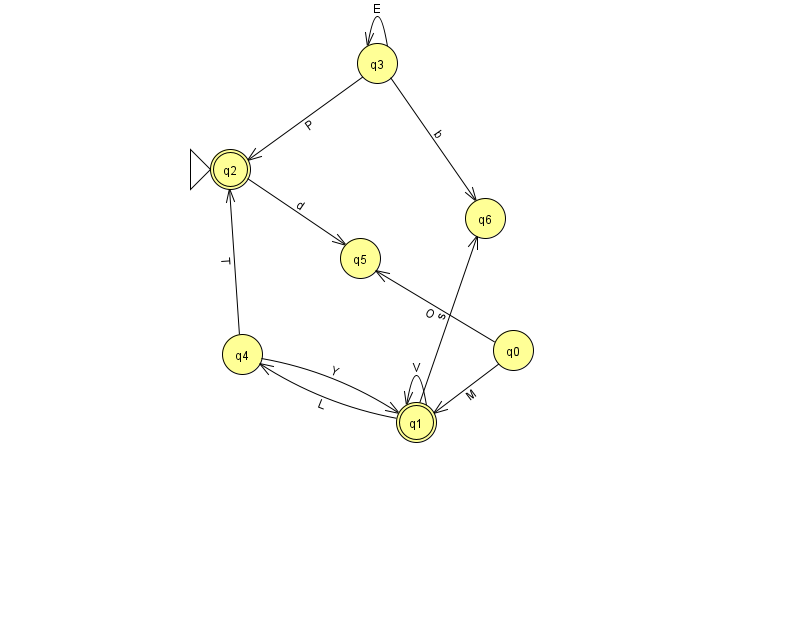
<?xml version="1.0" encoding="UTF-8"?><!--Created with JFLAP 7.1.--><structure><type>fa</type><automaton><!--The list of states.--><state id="0" name="q0"><x>513.0</x><y>337.0</y></state><state id="1" name="q1"><x>416.0</x><y>409.0</y><final/></state><state id="2" name="q2"><x>230.0</x><y>156.0</y><initial/><final/></state><state id="3" name="q3"><x>377.0</x><y>50.0</y></state><state id="4" name="q4"><x>242.0</x><y>341.0</y></state><state id="5" name="q5"><x>360.0</x><y>245.0</y></state><state id="6" name="q6"><x>485.0</x><y>205.0</y></state><!--The list of transitions.--><transition><from>2</from><to>5</to><read>d</read></transition><transition><from>3</from><to>2</to><read>P</read></transition><transition><from>3</from><to>6</to><read>b</read></transition><transition><from>4</from><to>2</to><read>T</read></transition><transition><from>1</from><to>6</to><read>s</read></transition><transition><from>3</from><to>3</to><read>E</read></transition><transition><from>1</from><to>1</to><read>V</read></transition><transition><from>4</from><to>1</to><read>Y</read></transition><transition><from>0</from><to>5</to><read>O</read></transition><transition><from>0</from><to>1</to><read>M</read></transition><transition><from>1</from><to>4</to><read>L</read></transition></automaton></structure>